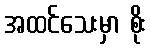
အထင်သေးမှာ စိုး